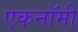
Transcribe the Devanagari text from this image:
एकनॉमी